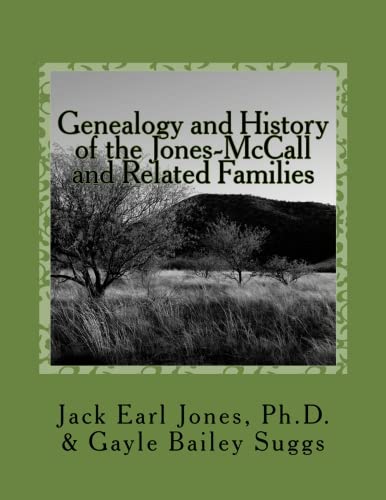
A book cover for Genealogy and History of the Jones-McCall and Related Families; Jack Earl Jones Ph.D.; Parenting & Relationships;